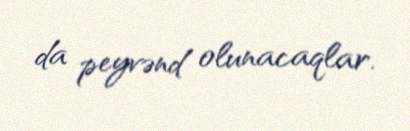
da peyvənd olunacaqlar.